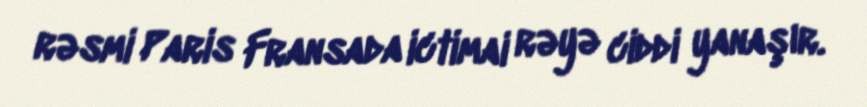
rəsmi Paris Fransada ictimai rəyə ciddi yanaşır.